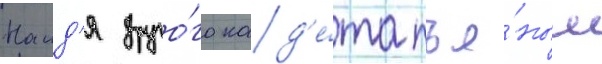
Наид'я друго́го кад'е́та пья́ным